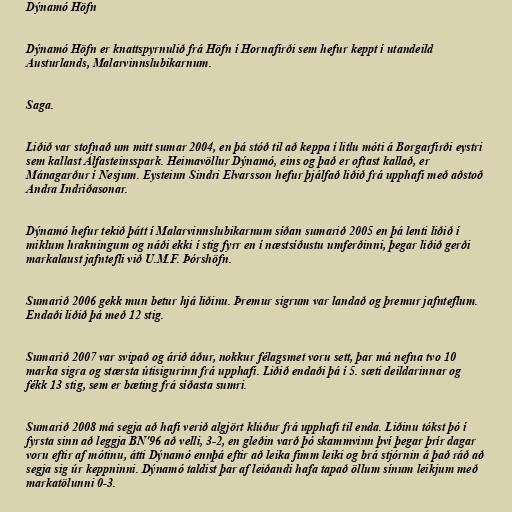
Dýnamó Höfn

Dýnamó Höfn er knattspyrnulið frá Höfn í Hornafirði sem hefur keppt í utandeild
Austurlands, Malarvinnslubikarnum.

Saga.

Liðið var stofnað um mitt sumar 2004, en þá stóð til að keppa í litlu móti á Borgarfirði eystri
sem kallast Álfasteinsspark. Heimavöllur Dýnamó, eins og það er oftast kallað, er
Mánagarður í Nesjum. Eysteinn Sindri Elvarsson hefur þjálfað liðið frá upphafi með aðstoð
Andra Indriðasonar.

Dýnamó hefur tekið þátt í Malarvinnslubikarnum síðan sumarið 2005 en þá lenti liðið í
miklum hrakningum og náði ekki í stig fyrr en í næstsíðustu umferðinni, þegar liðið gerði
markalaust jafntefli við U.M.F. Þórshöfn.

Sumarið 2006 gekk mun betur hjá liðinu. Þremur sigrum var landað og þremur jafnteflum.
Endaði liðið þá með 12 stig.

Sumarið 2007 var svipað og árið áður, nokkur félagsmet voru sett, þar má nefna tvo 10
marka sigra og stærsta útisigurinn frá upphafi. Liðið endaði þá í 5. sæti deildarinnar og
fékk 13 stig, sem er bæting frá síðasta sumri.

Sumarið 2008 má segja að hafi verið algjört klúður frá upphafi til enda. Liðinu tókst þó í
fyrsta sinn að leggja BN'96 að velli, 3-2, en gleðin varð þó skammvinn því þegar þrír dagar
voru eftir af mótinu, átti Dýnamó ennþá eftir að leika fimm leiki og brá stjórnin á það ráð að
segja sig úr keppninni. Dýnamó taldist þar af leiðandi hafa tapað öllum sínum leikjum með
markatölunni 0-3.